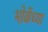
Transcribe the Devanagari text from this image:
भोळेंच्या